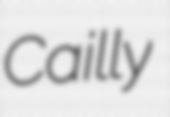
Cailly